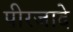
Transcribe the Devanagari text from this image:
पीरजादे